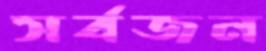
সর্বজন